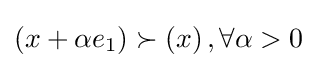
\left(x+\alpha e_{1}\right)\succ \left(x\right),\forall \alpha >0